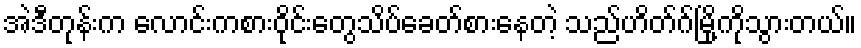
အဲဒီတုန်းက လောင်းကစားဝိုင်းတွေသိပ်ခေတ်စားနေတဲ့ သည်ဟိတ်ဂ်မြို့ကိုသွားတယ်။